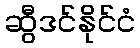
ဆွီဒင်နိုင်ငံ